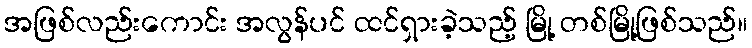
အဖြစ်လည်းကောင်း အလွန်ပင် ထင်ရှားခဲ့သည့် မြို့ တစ်မြို့ဖြစ်သည်။